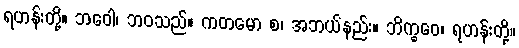
ရဟန်းတို့။ ဘဝေါ၊ ဘဝသည်။ ကတမော စ၊ အဘယ်နည်း။ ဘိက္ခဝေ၊ ရဟန်းတို့။